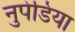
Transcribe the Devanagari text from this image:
नुपेडिया